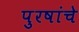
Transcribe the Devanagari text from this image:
पुरषांचे